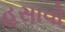
હસાવો